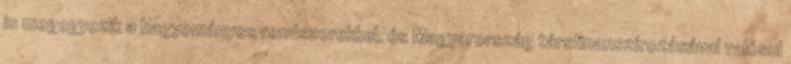
is megegyezik a hagyományos rendszerekkel. és Magyarország társfinanszírozásával valósul